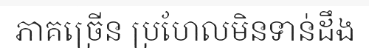
ភាគច្រើន ប្រហែលមិនទាន់ដឹង